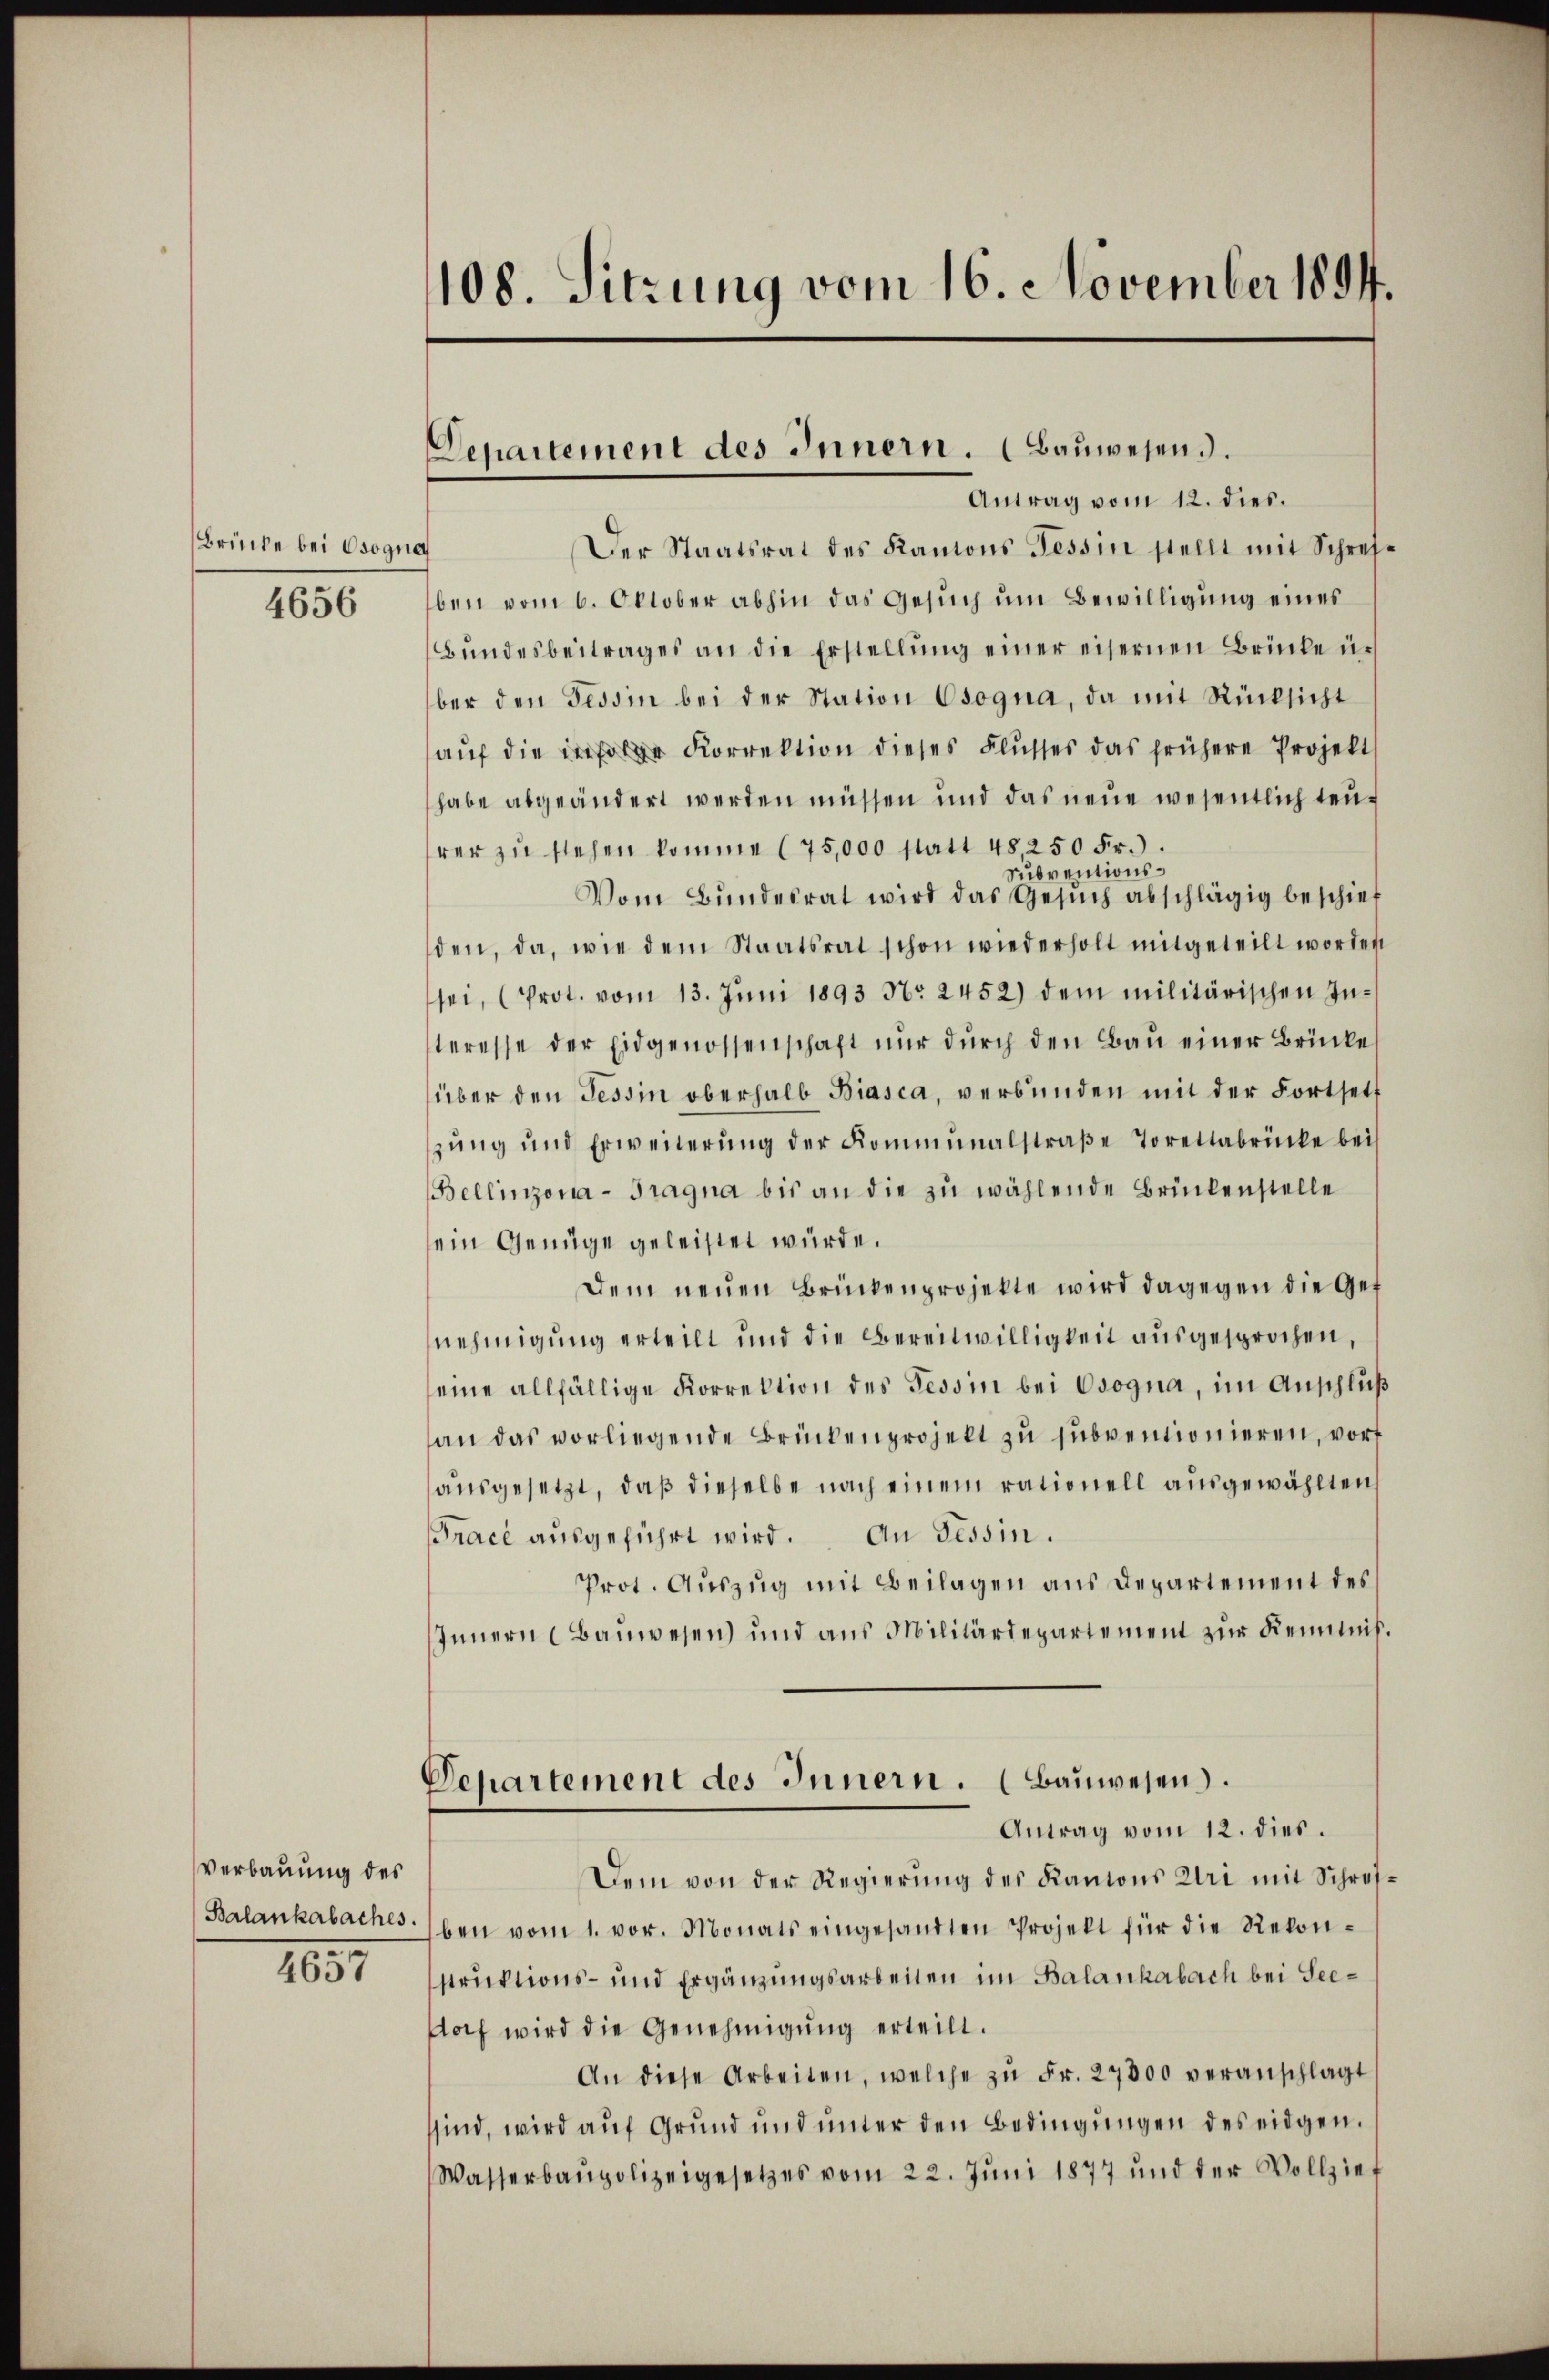
Brücke bei Osogna

4656

Verbauung des

1051

108. Sitzung vom 16. November 1894.

Departement des Innern. (Bauwesend.
Antrag vom 12. dies.

Der Staatsrat des Kantons Tessin stellt mit Schreiben vom 6. Oktober abhin das Gesuch um Bewilligung eines
Bŭndesbeitrages an die Erstellŭng einer eisernen Brücke ü
ber den Tessin bei der Station Osogna, da mit Rücksicht
auf die infolge Korrektion dieses Flusses das frühere Projekt
habe abgeändert werden müssen und das neue wesentlich teurer zŭ stehen komme (75,000 statt 48, 250 Fr.
Subventions¬
Vom Bŭndesrat wird das Gesŭch abschlägig beschief
den, da, wie dem Staatsrat schon wiederholt mitgeteilt worden
sei, (Prot. vom 13. Juni 1893 No 2452) dem militärischen Interesse der Eidgenossenschaft nur durch den Bau einer Brücke
über den Tessin oberhalb Biasca, verbunden mit der Fortsetz
zŭng und Erweiterŭng der Kommunalstraβe Torettabrücke bei
Bellinzona - Tragna bis an die zu wählende Brückenstelle
sein Genüge geleistet würde.
Dem neŭen Brückenprojekte wird dagegen die Get
nehmigung erteilt und die Bereitwilligkeit ausgesprochen,
seine allfällige Korrektion des Tessin bei Osogna, im Anschluß
an das vorliegende Brückenprojekt zu subventionieren, wort
ausgesetzt, daß dieselbe nach einem rationell ausgewählten
Trace ausgeführt wird. An Tessin.
Prot. Auszug mit Beilagen aus Departement des
Innern (Bauwesen und aus Militärdepartement zŭr Kenntniß¬
Departement des Innern. (Bauwesen.
Antrag vom 12. dies.
Dem von der Regierŭng des Kantons Uri mit Schrei¬
Balankabaches. ben vom 1. vor. Monats eingesandten Projekt für die Rekon-
struktions- und Ergänzungsarbeiten im Balankabach bei Seedorf wird die Genehmigŭng erteilt.
An diese Arbeiten, welche zŭ Fr. 27000 veranschlagt
sind, wird auf Grund und unter den Bedingungen des eidgen.
Wasserbaupolizeigesetzes vom 22. Jŭni 1877 und der Vollzieh